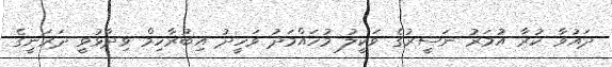
ދައުވާ ކުރާ އުމަރު ނަސީރުގެ ވަކީލު މުހައްމަދު ވަހީދު އިބުރާހިމް ވިދާޅުވީ ދަރަނީގެ